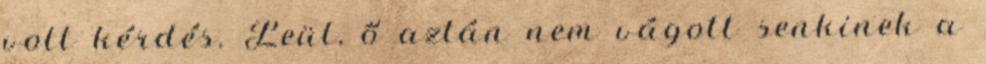
volt kérdés. Leül, ő aztán nem vágott senkinek a